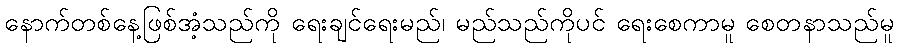
နောက်တစ်နေ့ဖြစ်အံ့သည်ကို ရေးချင်ရေးမည်၊ မည်သည်ကိုပင် ရေးစေကာမူ စေတနာသည်မူ